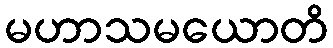
မဟာသမယောတိ